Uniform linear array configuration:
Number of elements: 48
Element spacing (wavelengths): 0.5
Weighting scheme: blackman
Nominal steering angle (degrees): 60
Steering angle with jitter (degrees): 61.123
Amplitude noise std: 0.05
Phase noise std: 0.05

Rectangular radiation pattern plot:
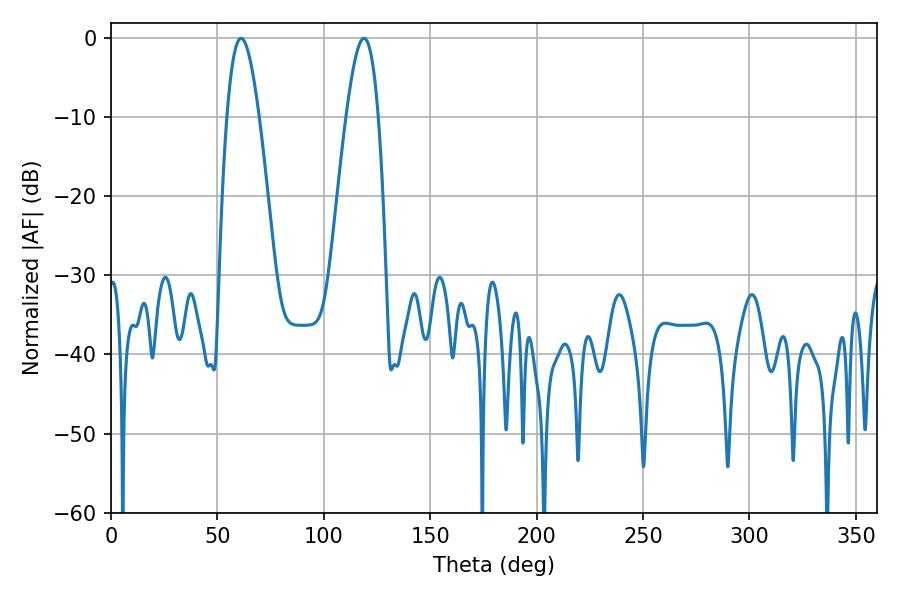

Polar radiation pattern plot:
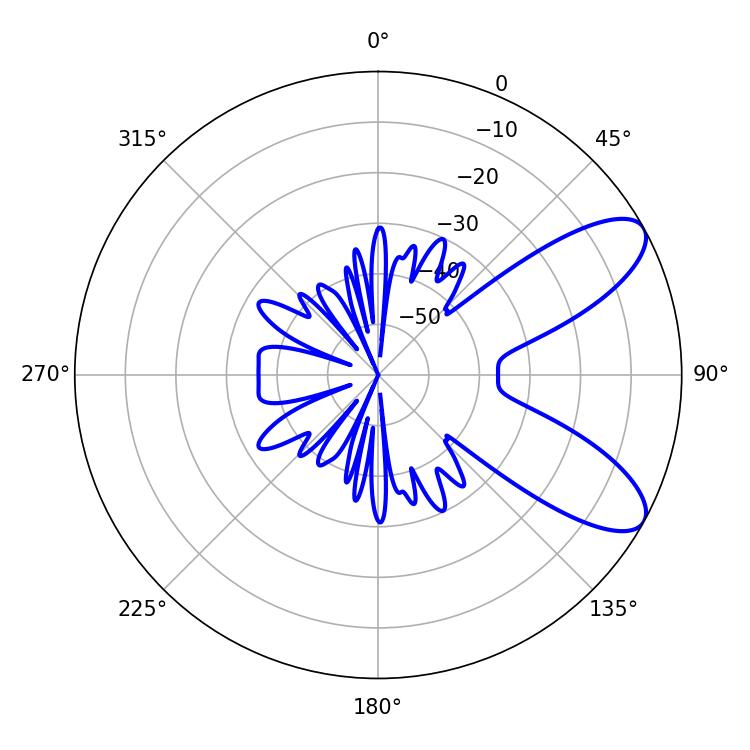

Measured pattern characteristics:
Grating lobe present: FALSE
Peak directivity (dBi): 8.641
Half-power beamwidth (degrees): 8.28
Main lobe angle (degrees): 61.2